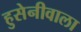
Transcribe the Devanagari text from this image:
हुसेनीवाला